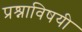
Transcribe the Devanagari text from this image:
प्रश्नाविषयी